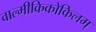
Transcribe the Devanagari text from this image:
वाल्मीकिकोकिलम्‌